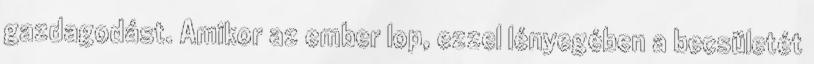
gazdagodást. Amikor az ember lop, ezzel lényegében a becsületét